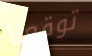
توقعنا